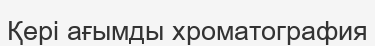
Қері ағымды хроматография